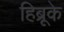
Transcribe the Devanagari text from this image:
हिब्रूके